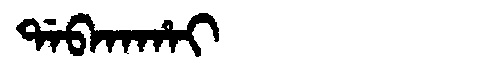
Manchu: ᡩᠠᠪᡴᠠᡥᠠᡳ
Romanization: DABKAHAI